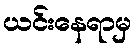
ယင်းနေရာမှ